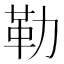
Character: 勒